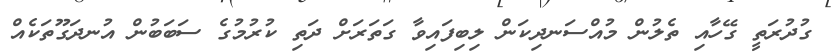
ގުދުރަތީ ގޭހާއި ތެލުން މުއްސަނދިކަން ލިބިފައިވާ ގަތަރަށް ދަތި ކުރުމުގެ ސަބަބުން އުނދަގޫތަކެއް